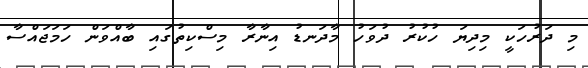
މި ދަރުހަކީ މިދިޔަ ހުކުރު ދުވަހު މާދަނޑު އިނާރާ މިސްކިތުގައި ބާއްވަން ހަމަޖައްސާ